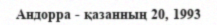
Андорра - қазанның 20, 1993